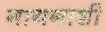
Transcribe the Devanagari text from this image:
गायनाशी